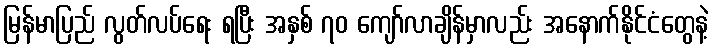
မြန်မာပြည် လွတ်လပ်ရေး ရပြီး အနှစ် ၇၀ ကျော်လာချိန်မှာလည်း အနောက်နိုင်ငံတွေနဲ့